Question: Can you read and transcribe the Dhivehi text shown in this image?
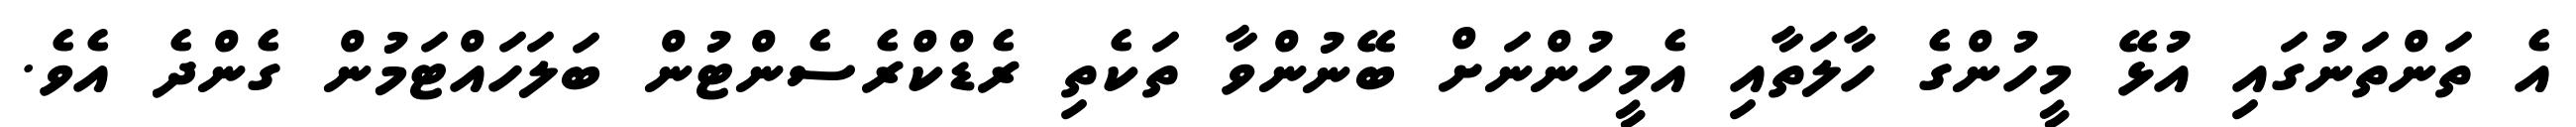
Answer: އެ ތަންތަނުގައި އުޅޭ މީހުންގެ ހާލަތާއި އެމީހުންނަށް ބޭނުންވާ ތަކެތި ރެޑްކްރެސެންޓުން ބަލަހައްޓަމުން ގެންދެ އެވެ.